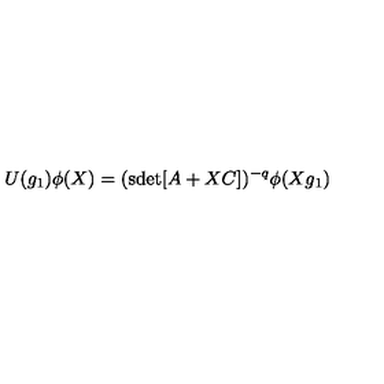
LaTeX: U ( g _ { 1 } ) \phi ( X ) = ( \mathrm { s d e t } [ A + X C ] ) ^ { - q } \phi ( X g _ { 1 } )